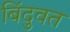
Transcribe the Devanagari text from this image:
बिंदुवत